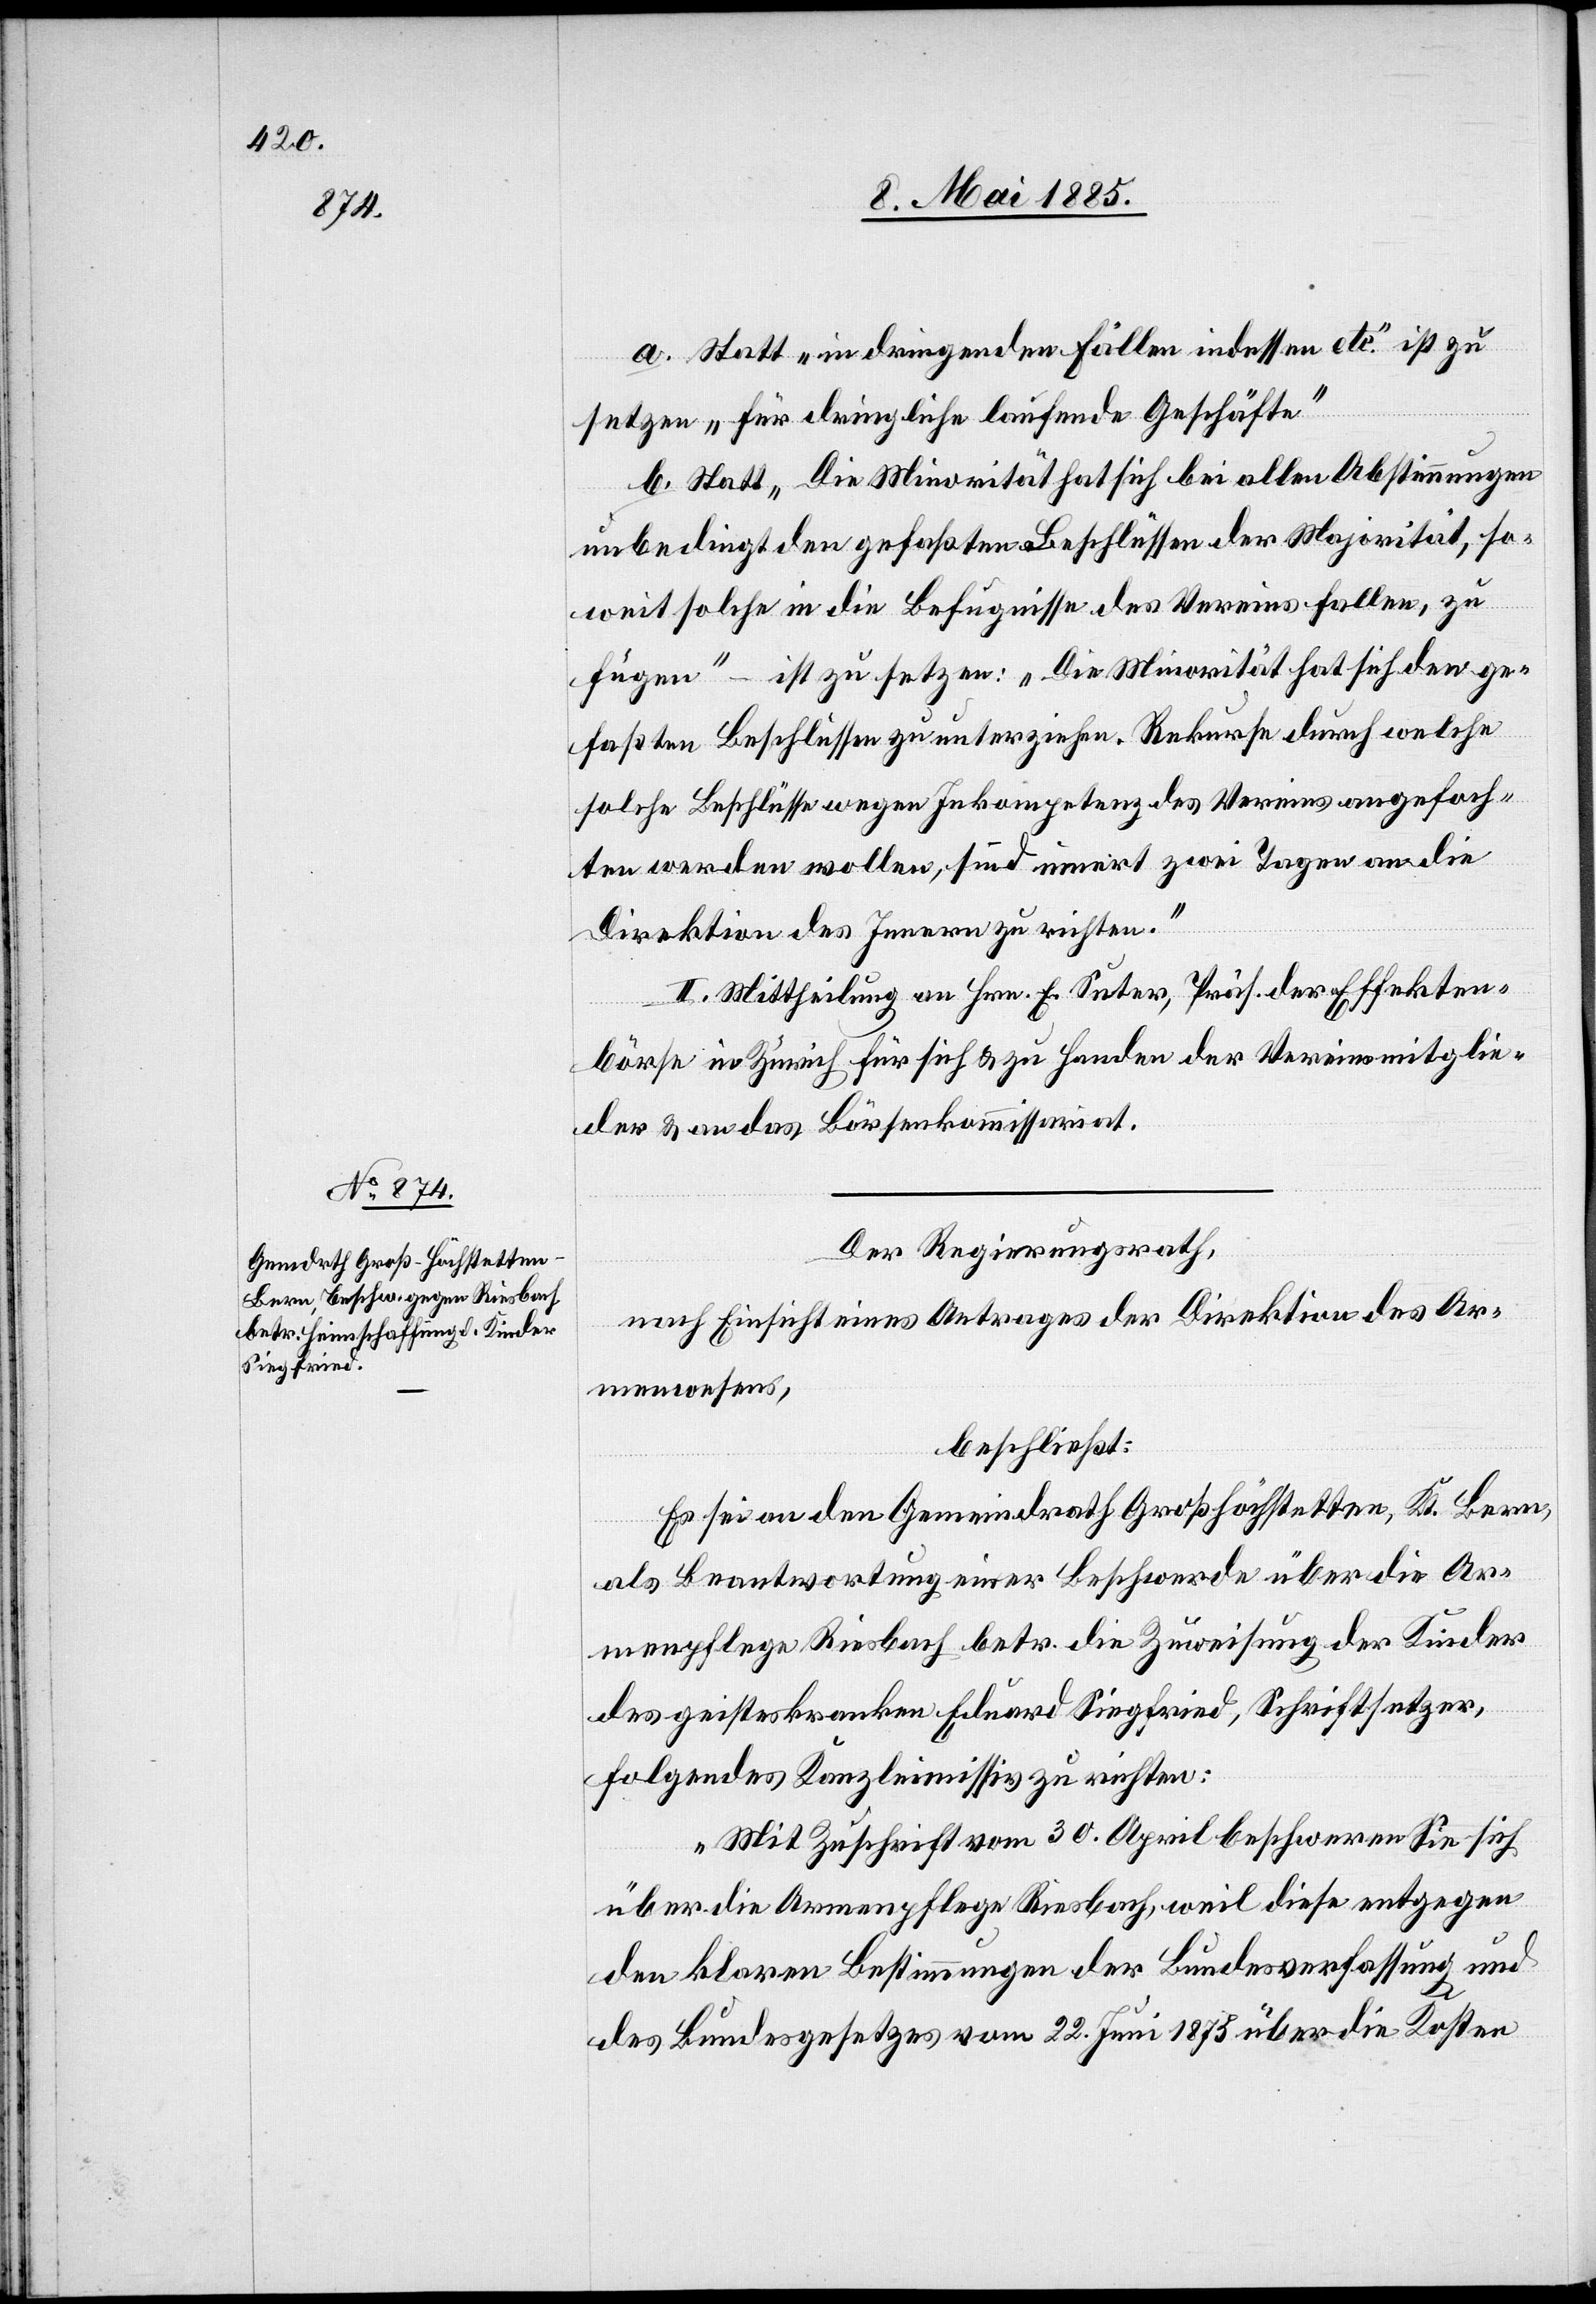
a. Statt „in dringenden Fällen indessen etc.“ ist zu
setzen „für dringliche laufende Geschäfte“
b. Statt „Die Minorität hat sich bei allen Abstimmungen
unbedingt den gefaßten Beschlüssen der Majorität, so¬
weit solche in die Befugnisse des Vereins fallen, zu
fügen“ ist zu setzen: „Die Minorität hat sich den ge¬
faßten Beschlüssen zu unterziehen. Rekurse durch welche
solche Beschlüsse wegen Inkompetenz des Vereins angefoch¬
ten werden wollen, sind innert zwei Tagen an die
Direktion des Innern zu richten.“
II. Mittheilung an Hrn. E. Suter, Präs. der Effekten¬
börse in Zürich für sich & zu Handen der Vereinsmitglie¬
der & an das Börsenkommissariat.
Der Regierungsrath,
nach Einsicht eines Antrages der Direktion des Ar¬
menwesens,
beschließt:
Es sei an den Gemeindrath Großhöchstetten, Kt. Bern,
als Beantwortung einer Beschwerde über die Ar¬
menpflege Riesbach betr. die Zuweisung der Kinder
des geisteskranken Eduard Siegfried, Schriftsetzer,
folgendes Kanzleimissiv zu richten:
„Mit Zuschrift vom 30. April beschweren Sie sich
über die Armenpflege Riesbach, weil diese entgegen
den klaren Bestimmungen der Bundesverfassung und
des Bundesgesetzes vom 22. Juni 1875 über die Kosten